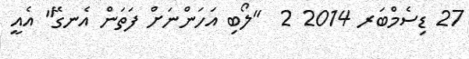
27 ޑިސެމްބަރ 2014 2  "ލޯބި އަހަންނަށް ފަތަން އެނގޭ" އެއީ